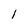
Character: 1